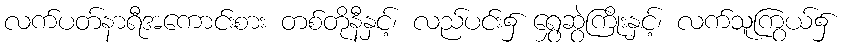
လက်ပတ်နာရီအကောင်းစား တစ်တိုနီနှင့်၊ လည်ပင်း၌ ရွှေဆွဲကြိုးနှင့်၊ လက်သူကြွယ်၌